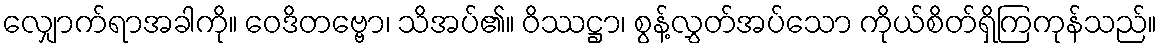
လျှောက်ရာအခါကို။ ဝေဒိတဗ္ဗော၊ သိအပ်၏။ ဝိဿဋ္ဌာ၊ စွန့်လွှတ်အပ်သော ကိုယ်စိတ်ရှိကြကုန်သည်။